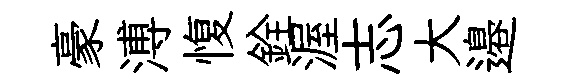
豪溥愎銓渥志大邉